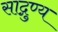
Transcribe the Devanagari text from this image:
साद्गुण्य